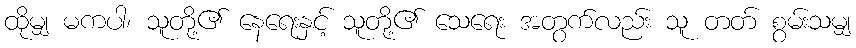
ထိုမျှ မကပါ၊ သူတို့၏ နေရေးနှင့် သူတို့၏ သေရေး အတွက်လည်း သူ တတ် စွမ်းသမျှ